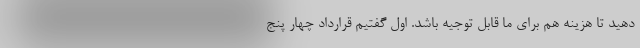
دهید تا هزینه هم برای ما قابل توجیه باشد. اول گفتیم قرارداد چهار پنج